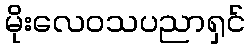
မိုးလေဝသပညာရှင်